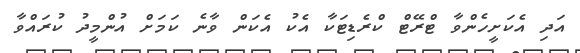
އަދި އެކަށީހެންވާ ޓްރޭޓް ކްރެޑިޓަކާ އެކު އެކަން ވާނެ ކަމަށް އުންމީދު ކުރައްވާ